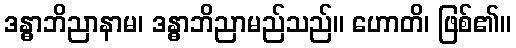
ဒန္ဓာဘိညာနာမ၊ ဒန္ဓာဘိညာမည်သည်။ ဟောတိ၊ ဖြစ်၏။